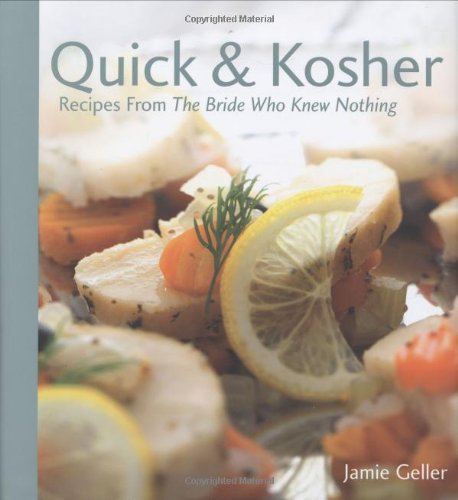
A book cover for Quick & Kosher - Recipes From The Bride Who Knew Nothing; Jamie Geller; Cookbooks, Food & Wine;